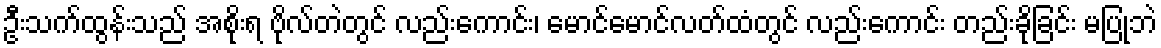
ဦးသက်ထွန်းသည် အစိုးရ ဗိုလ်တဲတွင် လည်းကောင်း၊ မောင်မောင်လတ်ထံတွင် လည်းကောင်း တည်းခိုခြင်း မပြုဘဲ